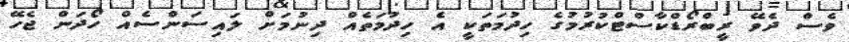
ވެސް ދެވޭ ރީބްރޯޑްކާސްޓްކުރުމުގެ ހިދުމަތަކީ އެ ހިދުމަތެއް ދިނުމަށް ލައިސަންސެެެއް ހޯދަން ޖެހޭ